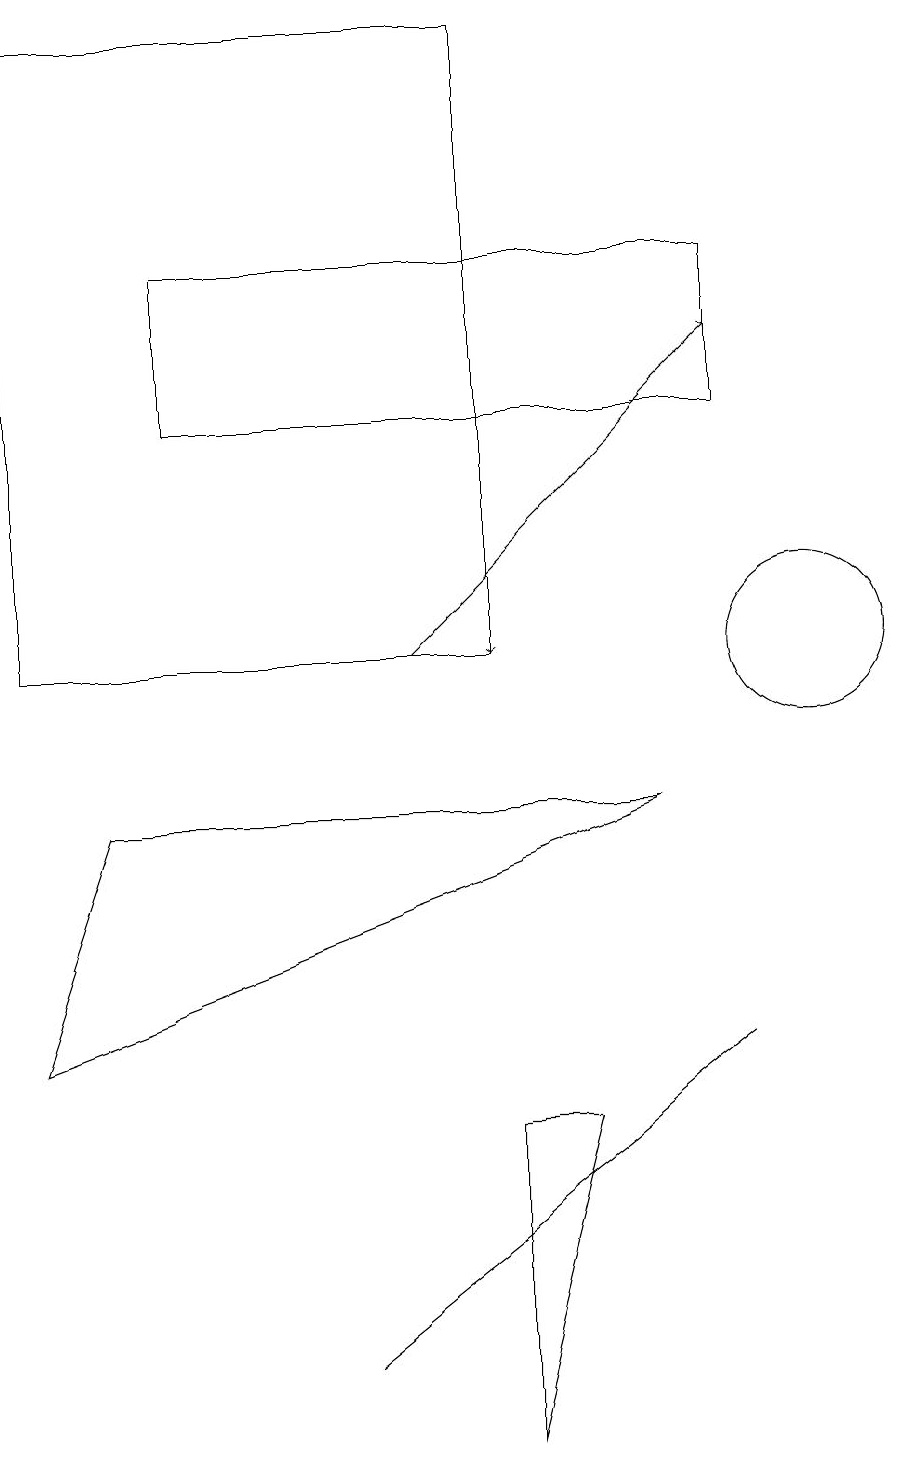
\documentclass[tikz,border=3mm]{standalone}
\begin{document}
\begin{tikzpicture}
\draw (2,13) rectangle (9,15);
\draw (7,4) -- (6,0) -- (6,4) -- cycle;
\draw (10,10) circle (1);
\draw (6,10) rectangle (0,18);
\draw[->] (5,10) -- (9,14);
\draw (0,5) -- (8,8) -- (1,8) -- cycle;
\draw (9,5) -- (4,1) -- (4,1) -- cycle;
\draw[->] (6,15) -- (6,10);
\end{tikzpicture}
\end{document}